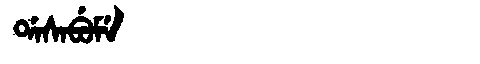
Manchu: ᡩᠠᠰᠠᠪᡠᠮᡝ
Romanization: DASABUME